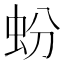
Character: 蚡